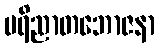
ပရိညာတဘောဇနာ